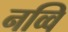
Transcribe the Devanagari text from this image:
नव्वि